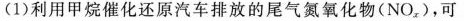
(1)利用甲烷催化还原汽车排放的尾气氮氧化物(NO_{x})，可